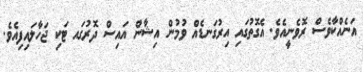
އަނެއްކާވެސް ރޮވެނީއެވެ. އެގޮތުގައި އިރުގަނޑެއް ވުމުން އިޝާން އައިސް ދޮރުގައ ޓަކި ޖަހާލައިފިއެވެ.